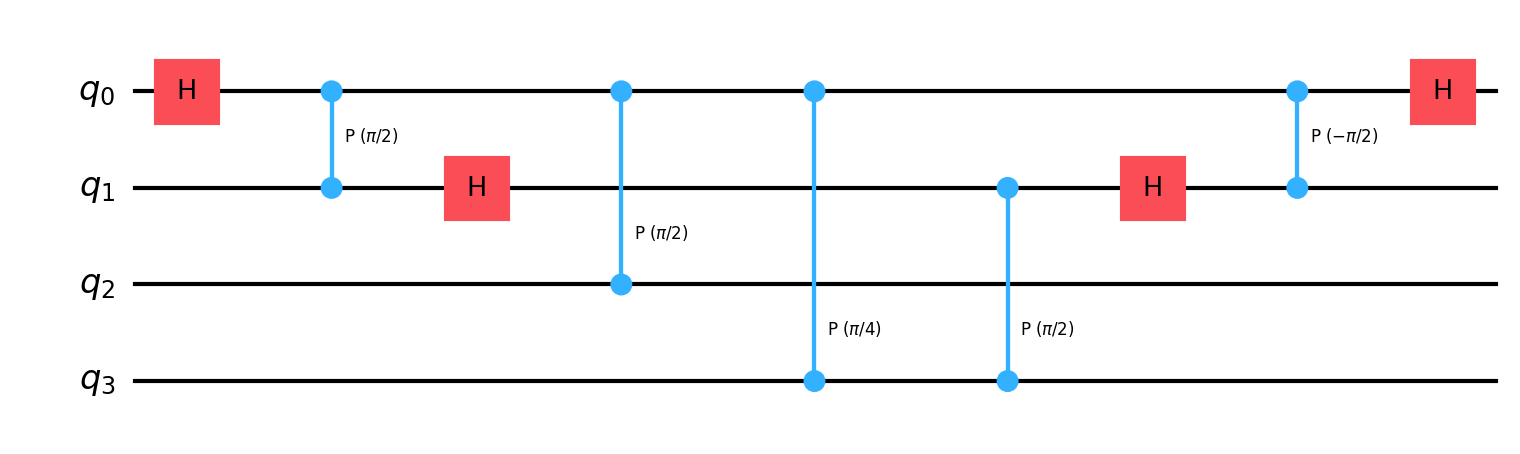
Description: QFT-based addition in Fourier space
描述: 基于QFT的傅里叶空间加法
Category: classical_algorithms (difficulty: advanced)
Qubits: 4, circuit depth: 8

Braket implementation:
import math
from braket.circuits import Circuit
circuit = Circuit()
circuit.h(0).cphaseshift(1, 0, math.pi / 2)
circuit.h(1)
circuit.cphaseshift(2, 0, math.pi / 2).cphaseshift(3, 0, math.pi / 4)
circuit.cphaseshift(3, 1, math.pi / 2)
circuit.h(1).cphaseshift(1, 0, -math.pi / 2).h(0)